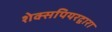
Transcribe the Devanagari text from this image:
शेक्सपियरद्वारा